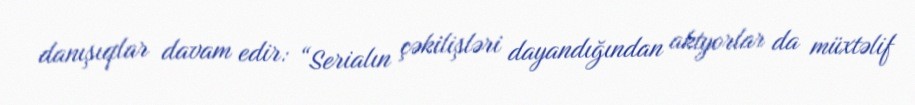
danışıqlar davam edir: “Serialın çəkilişləri dayandığından aktyorlar da müxtəlif